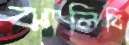
ঝালিবি